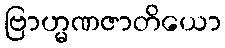
ဗြာဟ္မဏဇာတိယော